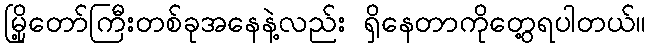
မြို့တော်ကြီးတစ်ခုအနေနဲ့လည်း ရှိနေတာကိုတွေ့ရပါတယ်။